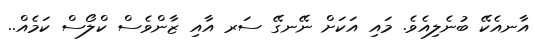
އާނއެކޭ ބުނެލިއެވެ. މައި އަކަށް ނޭނގޭ ސަރ އާއި ޒާންވެސް ކްލޯސް ކަމެއް..